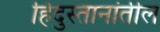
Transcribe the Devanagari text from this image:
हिंदुस्तानांतील